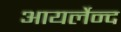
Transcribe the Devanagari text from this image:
आयर्लेन्द